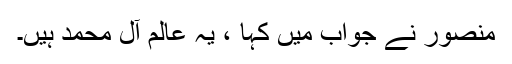
منصور نے جواب میں کہا ، یہ عالمِ آلِ محمد ہیں۔